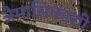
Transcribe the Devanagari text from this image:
त्रैमासिकाशी